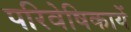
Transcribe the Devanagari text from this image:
परिवेषिकायें